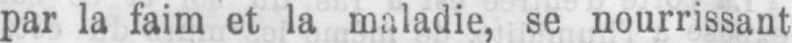
par la faim et la maladie, se nourrissant